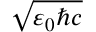
\sqrt { \varepsilon _ { 0 } \hbar c }